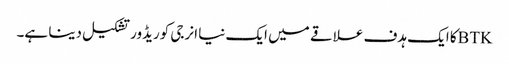
BTKکا ایک ہدف علاقے میں ایک نیا انرجی کوریڈور تشکیل دینا ہے۔